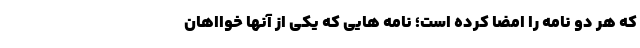
که هر دو نامه را امضا کرده است؛ نامه هایی که یکی از آنها خوااهان